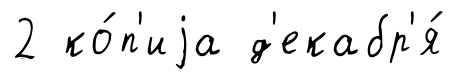
2 ко́п'иjа д'екабр'я́